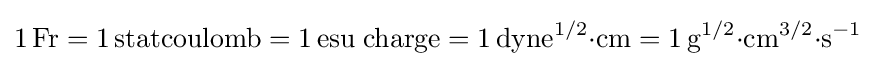
\mathrm {1\,Fr=1\,statcoulomb=1\,esu\;charge=1\,dyne^{1/2}{\cdot }cm=1\,g^{1/2}{\cdot }cm^{3/2}{\cdot }s^{-1}}